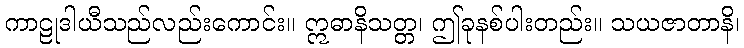
ကာဠုဒါယီသည်လည်းကောင်း။ ဣဓာနိသတ္တ၊ ဤခုနစ်ပါးတည်း။ သယဇာတာနိ၊